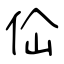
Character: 佡